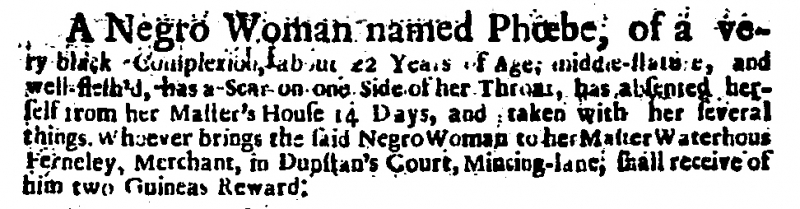
Daily Courant, 27 January 1719 (England)
A Negro Woman named Phoebe, of a very black Complexion, about 22 Years of Age; middle-stature, and well-flesh’d, has a Scar on one Side of her Throat, has absented herself from her Master’s House 14 Days, and taken with her several things. Whoever brings the said Negro Woman to her Master Waterhous Ferneley, Merchant in Dunstan’s Court, Mincing-lane, shall receive of him two Guineas Reward.